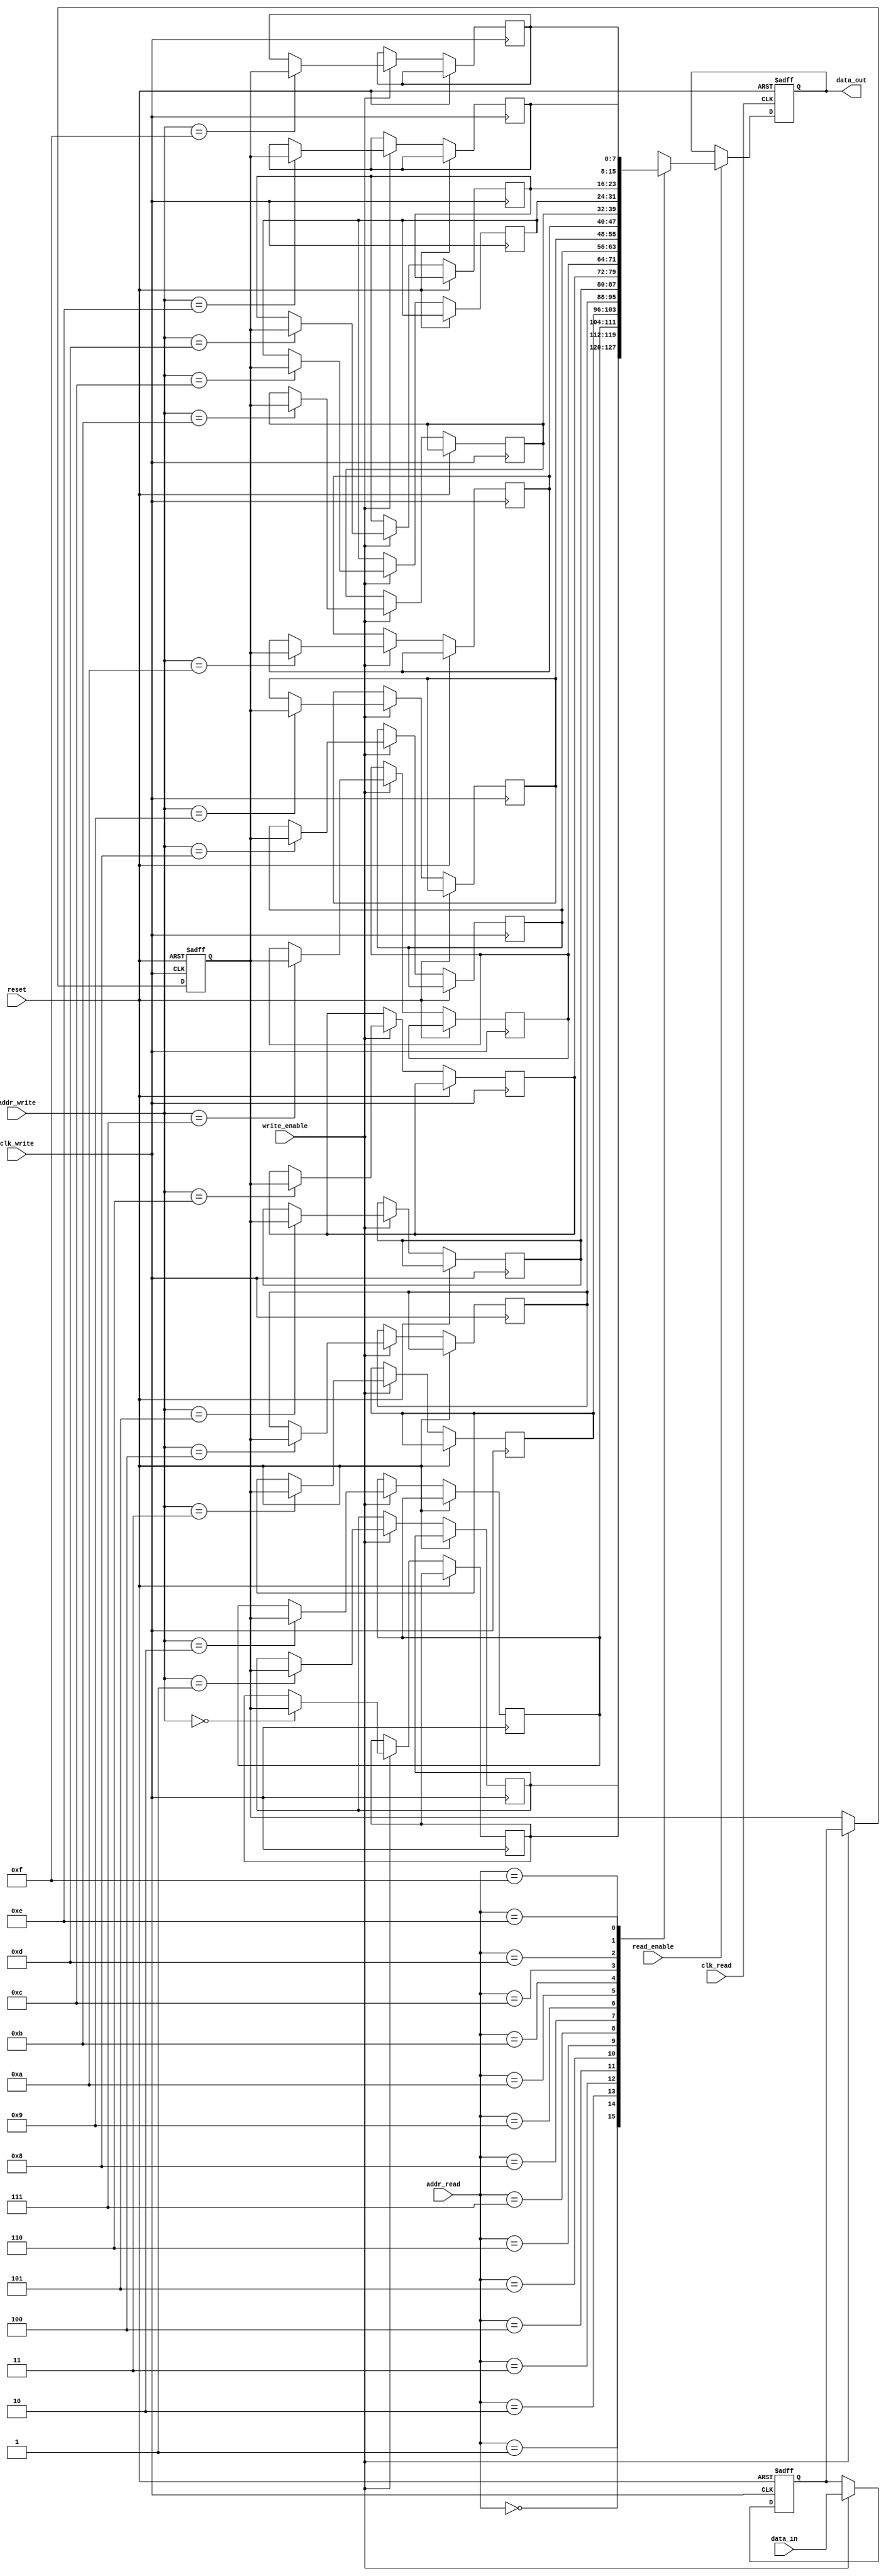
module MemoryBlocks #(
    parameter DATA_WIDTH = 8,      // Width of the data
    parameter ADDR_WIDTH = 4,      // Width of the address
    parameter MEMORY_DEPTH = 16     // Depth of the memory
)(
    input wire clk_write,           // Clock for write operations
    input wire clk_read,            // Clock for read operations
    input wire reset,               // Asynchronous reset
    input wire write_enable,        // Write enable signal
    input wire read_enable,         // Read enable signal
    input wire [ADDR_WIDTH-1:0] addr_write, // Write address
    input wire [ADDR_WIDTH-1:0] addr_read,  // Read address
    input wire [DATA_WIDTH-1:0] data_in,    // Data input
    output reg [DATA_WIDTH-1:0] data_out     // Data output
);

    // Memory array
    reg [DATA_WIDTH-1:0] memory [0:MEMORY_DEPTH-1];

    // Safe delay line for write data
    reg [DATA_WIDTH-1:0] delay_line [0:2]; // 2-stage delay line

    // Write Logic
    always @(posedge clk_write or posedge reset) begin
        if (reset) begin
            delay_line[0] <= 0;
            delay_line[1] <= 0;
        end else if (write_enable) begin
            delay_line[0] <= data_in; // First stage of delay
            delay_line[1] <= delay_line[0]; // Second stage of delay
            memory[addr_write] <= delay_line[1]; // Write to memory after delay
        end
    end

    // Read Logic
    always @(posedge clk_read or posedge reset) begin
        if (reset) begin
            data_out <= 0;
        end else if (read_enable) begin
            data_out <= memory[addr_read]; // Read from memory
        end
    end

endmodule